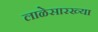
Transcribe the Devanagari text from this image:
लाळेसारख्या